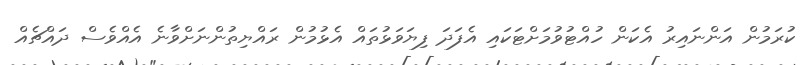
ކުރަމުން އަންނައިރު އެކަން ހުއްޓުވުމަށްޓަކައި އެފަދަ ފިޔަވަޅުތައް އެޅުމުން ރައްޔިތުންނަށްވާނެ އެއްވެސް ދައްޗެއް